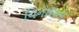
વિનાશના